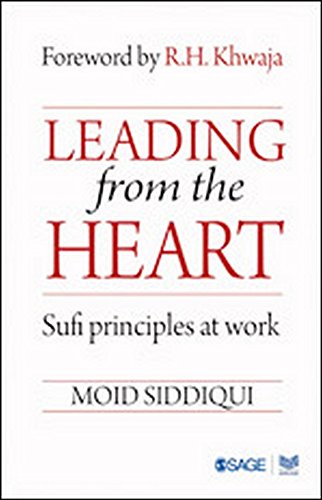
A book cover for Leading from the Heart: Sufi principles at work; Moid Siddiqui; Religion & Spirituality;